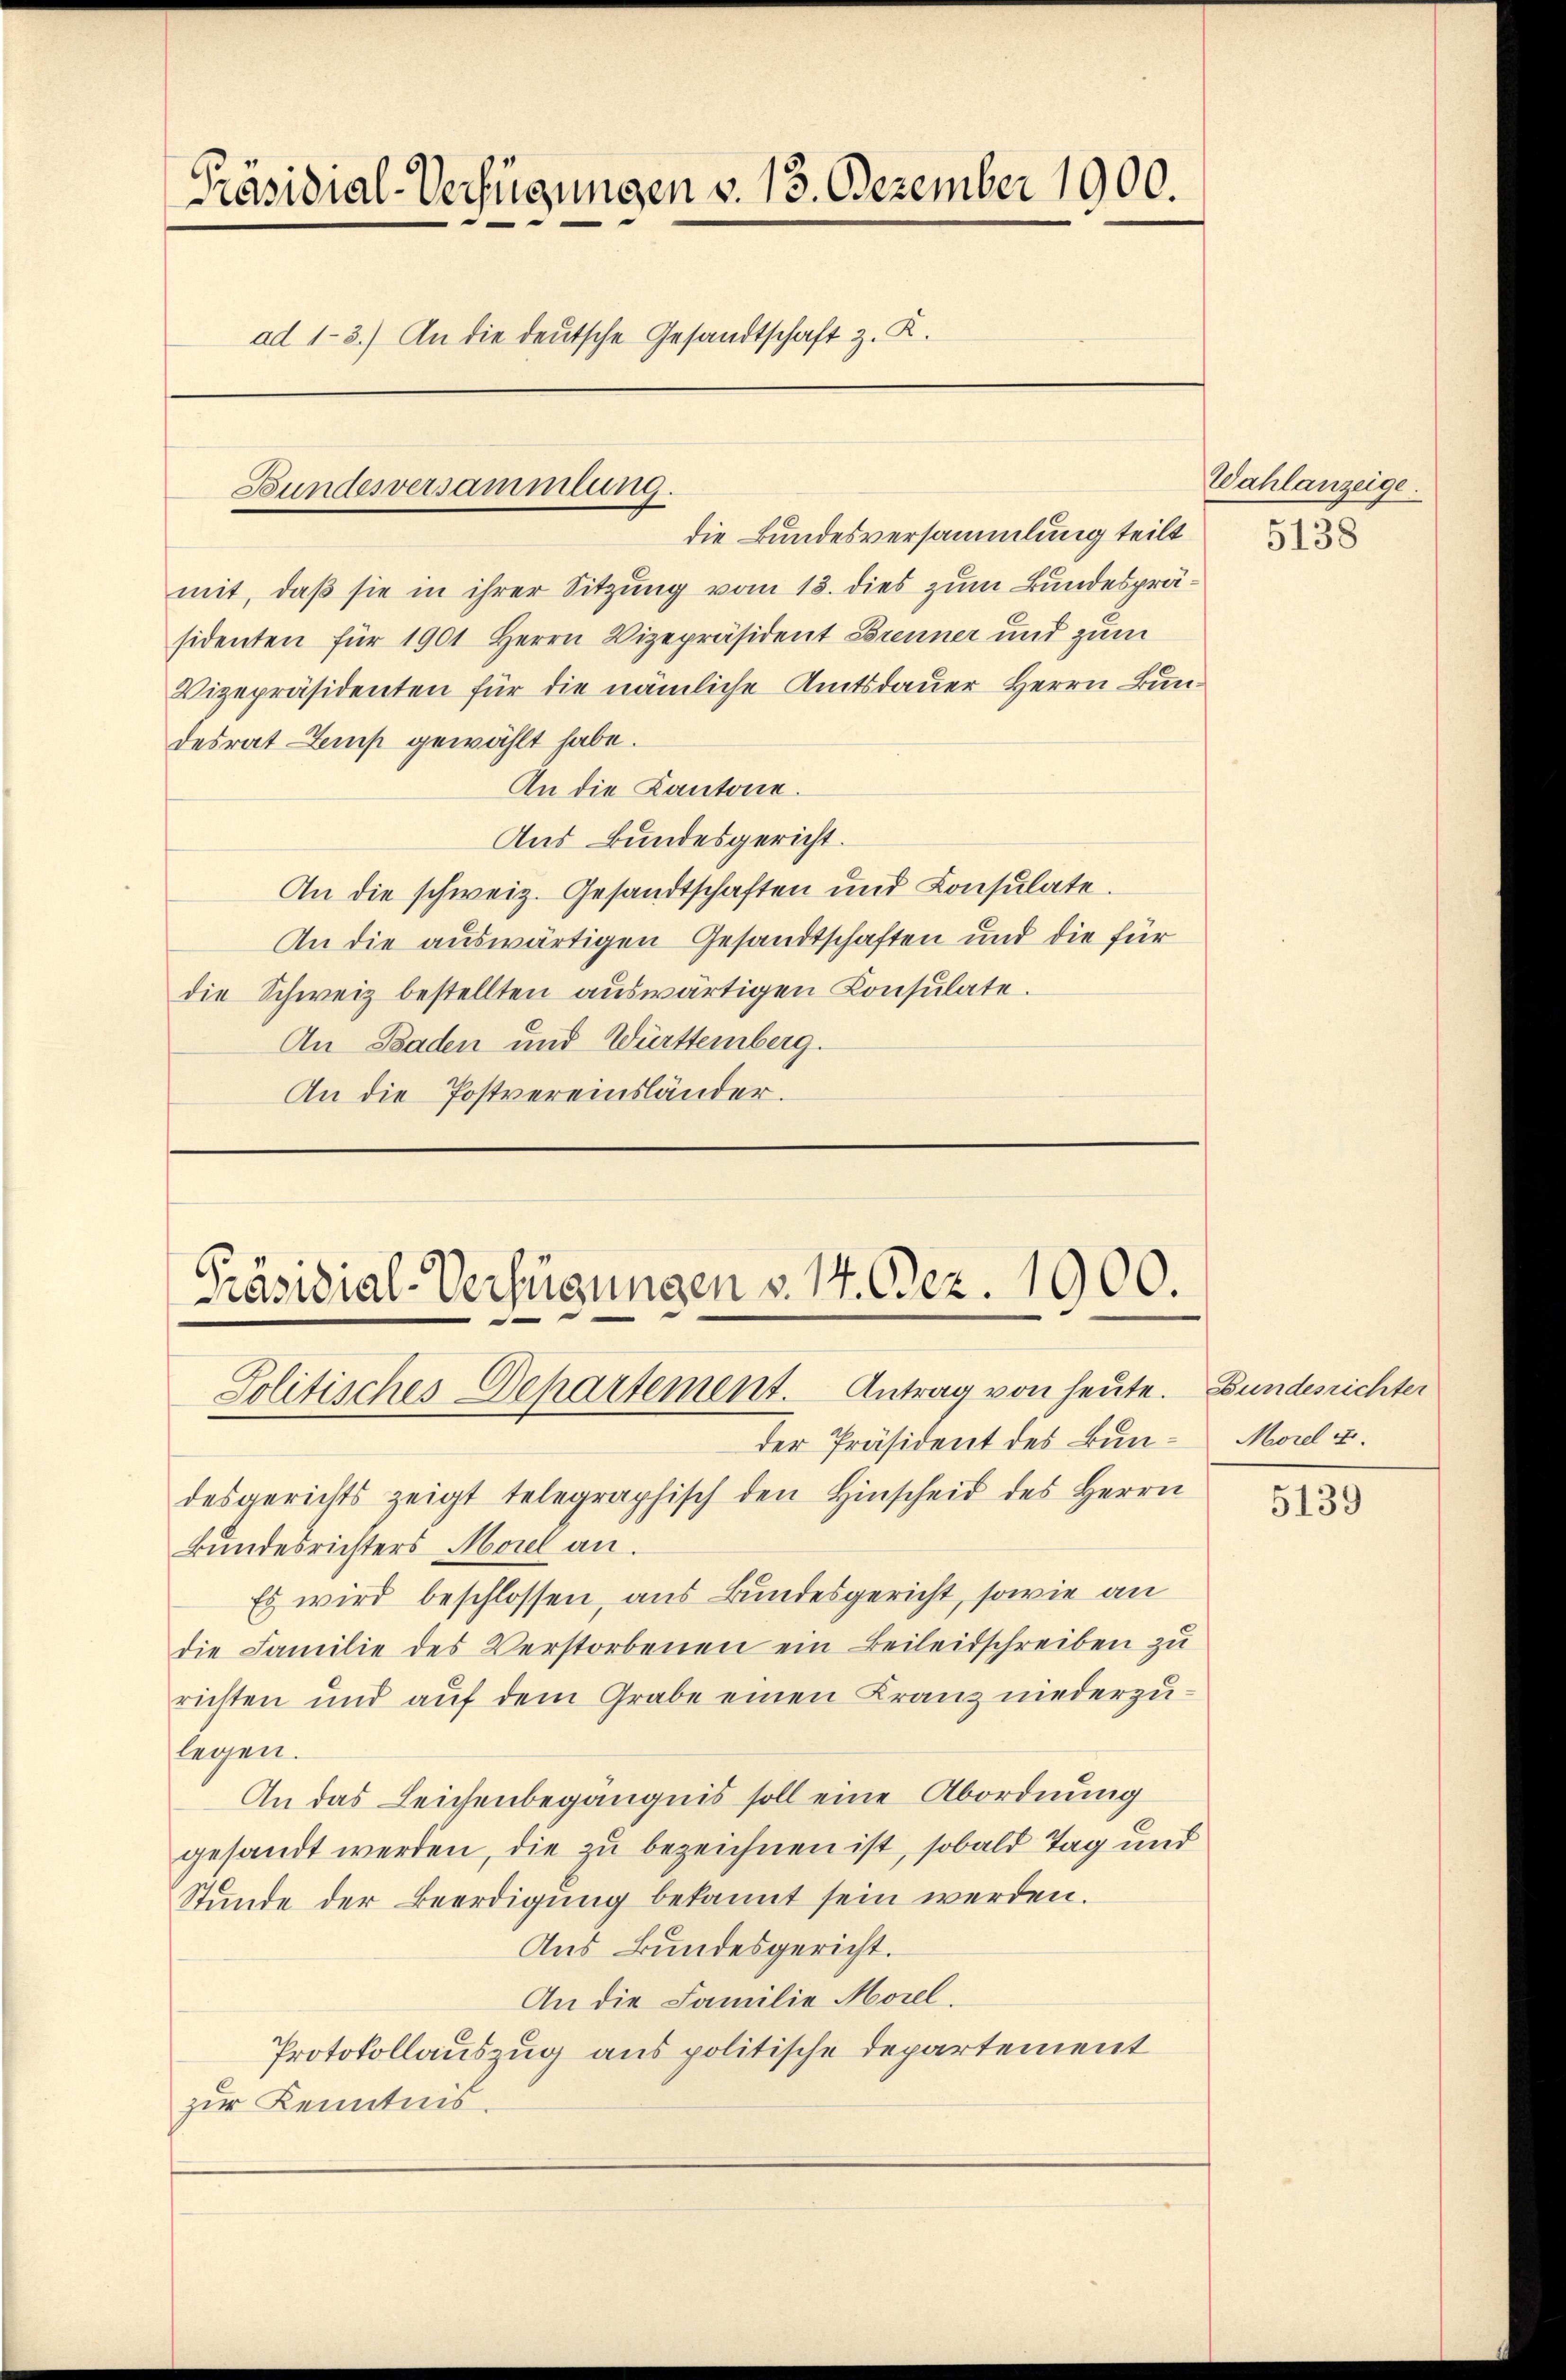
Präsidial-Verfügungen v. 13. Dezember 1900.
ad 1-3.) An die deutsche Gesandtschaft z. K.

Bundesversammlung.

mit, daß sie in ihrer Sitzung vom 13. dies zum Bundespräsidenten für 1901 Herrn Vizepräsident Brenner und zum
Vizepräsidenten für die nämliche Amtsdauer Herrn Bundesrat Lamp gewählt habe.
An die Kantone.
Aus Bundesgericht.
An die schweiz. Gesandtschaften und Consulate.
An die auswärtigen Gesandtschaften und die für
die Schweiz bestellten aŭswärtigen Consulate.
An Baden und Württemberg.
An die Postvereinsländer.

die Bundesversammlung teilt

Präsidial-Verfügungen v. 14. Dez. 1900.
Politisches Departement. Antrag von heute. Bundesrichter

Der Präsident des Bundesgerichts zeigt telegraphisch den Hinscheid des Herrn
Bundesrichters Morel an.
Es wird beschlossen, aus Bundesgericht, sowie an
die Familie des Verstorbenen ein Beileidschreiben zu
richten und auf dem Grabe einen Kranz niederzulegen.
An das Leichenbegängnis soll eine Abordnung
gesandt werden, die zu bezeichnen ist, sobald Tag und
Stunde der Beerdigung bekannt sein werden.
Aus Bundesgericht.
An die Familie Morel.
Protokollauszug aus politische Departement
zur Kenntnis.

Wahlanzeige.

5138

Morel 4.

5139